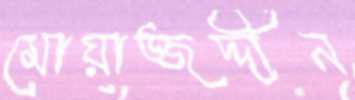
মোয়াজ্জদ্দীন